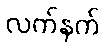
လက်နက်